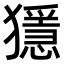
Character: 𤢦